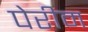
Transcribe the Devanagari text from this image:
पेरीम